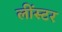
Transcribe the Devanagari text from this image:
लींस्टर